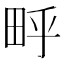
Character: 𬏃